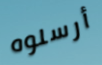
أرسلوه